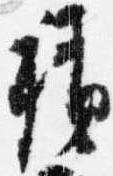
積